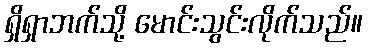
ရှိရှာဘက်သို့ မောင်းသွင်းလိုက်သည်။